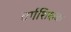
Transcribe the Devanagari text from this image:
वर्गशिक्षक